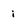
Character: i